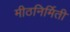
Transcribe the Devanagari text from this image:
मीठनिर्मिती